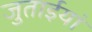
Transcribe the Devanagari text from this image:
जुताईयां